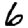
Digit: 6